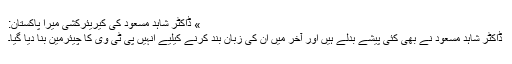
» ڈاکٹر شاہد مسعود کی کیریئرکشی میرا پاکستان:
ڈاکٹر شاہد مسعود نے بھی کئی پیشے بدلے ہیں اور آخر میں ان کی زبان بند کرنے کیلیے انہیں پی ٹی وی کا چیئرمین بنا دیا گیا۔